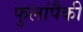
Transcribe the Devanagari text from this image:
फुलांपैकी